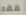
ههه